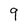
Character: 9